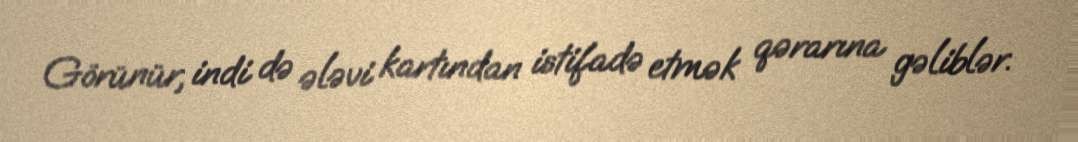
Görünür, indi də ələvi kartından istifadə etmək qərarına gəliblər.